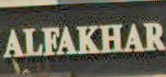
ALFAKHAR